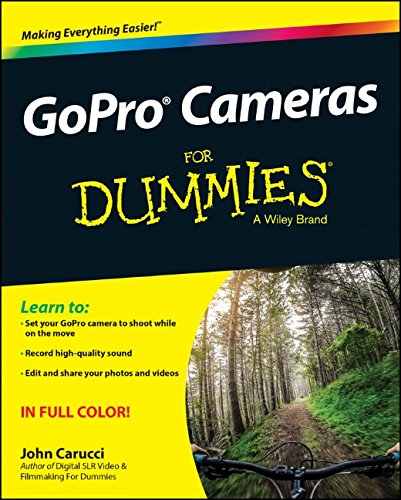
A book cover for GoPro Cameras For Dummies; John Carucci; Arts & Photography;